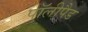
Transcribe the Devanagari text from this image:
पॉलीपैड